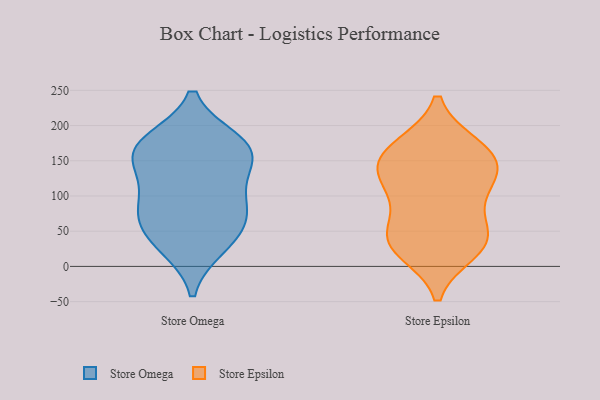
{"axis": {"x": "Headcount", "y": "Value"}, "legend": ["Store Epsilon", "Store Omega"], "data": [{"x": "", "y": 108, "type": "Store Omega"}, {"x": "", "y": 91, "type": "Store Omega"}, {"x": "", "y": 178, "type": "Store Omega"}, {"x": "", "y": 61, "type": "Store Omega"}, {"x": "", "y": 143, "type": "Store Omega"}, {"x": "", "y": 31, "type": "Store Omega"}, {"x": "", "y": 162, "type": "Store Omega"}, {"x": "", "y": 150, "type": "Store Omega"}, {"x": "", "y": 177, "type": "Store Omega"}, {"x": "", "y": 65, "type": "Store Omega"}, {"x": "", "y": 28, "type": "Store Omega"}, {"x": "", "y": 170, "type": "Store Omega"}, {"x": "", "y": 79, "type": "Store Omega"}, {"x": "", "y": 154, "type": "Store Epsilon"}, {"x": "", "y": 128, "type": "Store Epsilon"}, {"x": "", "y": 40, "type": "Store Epsilon"}, {"x": "", "y": 170, "type": "Store Epsilon"}, {"x": "", "y": 34, "type": "Store Epsilon"}, {"x": "", "y": 170, "type": "Store Epsilon"}, {"x": "", "y": 139, "type": "Store Epsilon"}, {"x": "", "y": 101, "type": "Store Epsilon"}, {"x": "", "y": 102, "type": "Store Epsilon"}, {"x": "", "y": 36, "type": "Store Epsilon"}, {"x": "", "y": 146, "type": "Store Epsilon"}, {"x": "", "y": 47, "type": "Store Epsilon"}, {"x": "", "y": 23, "type": "Store Epsilon"}]}